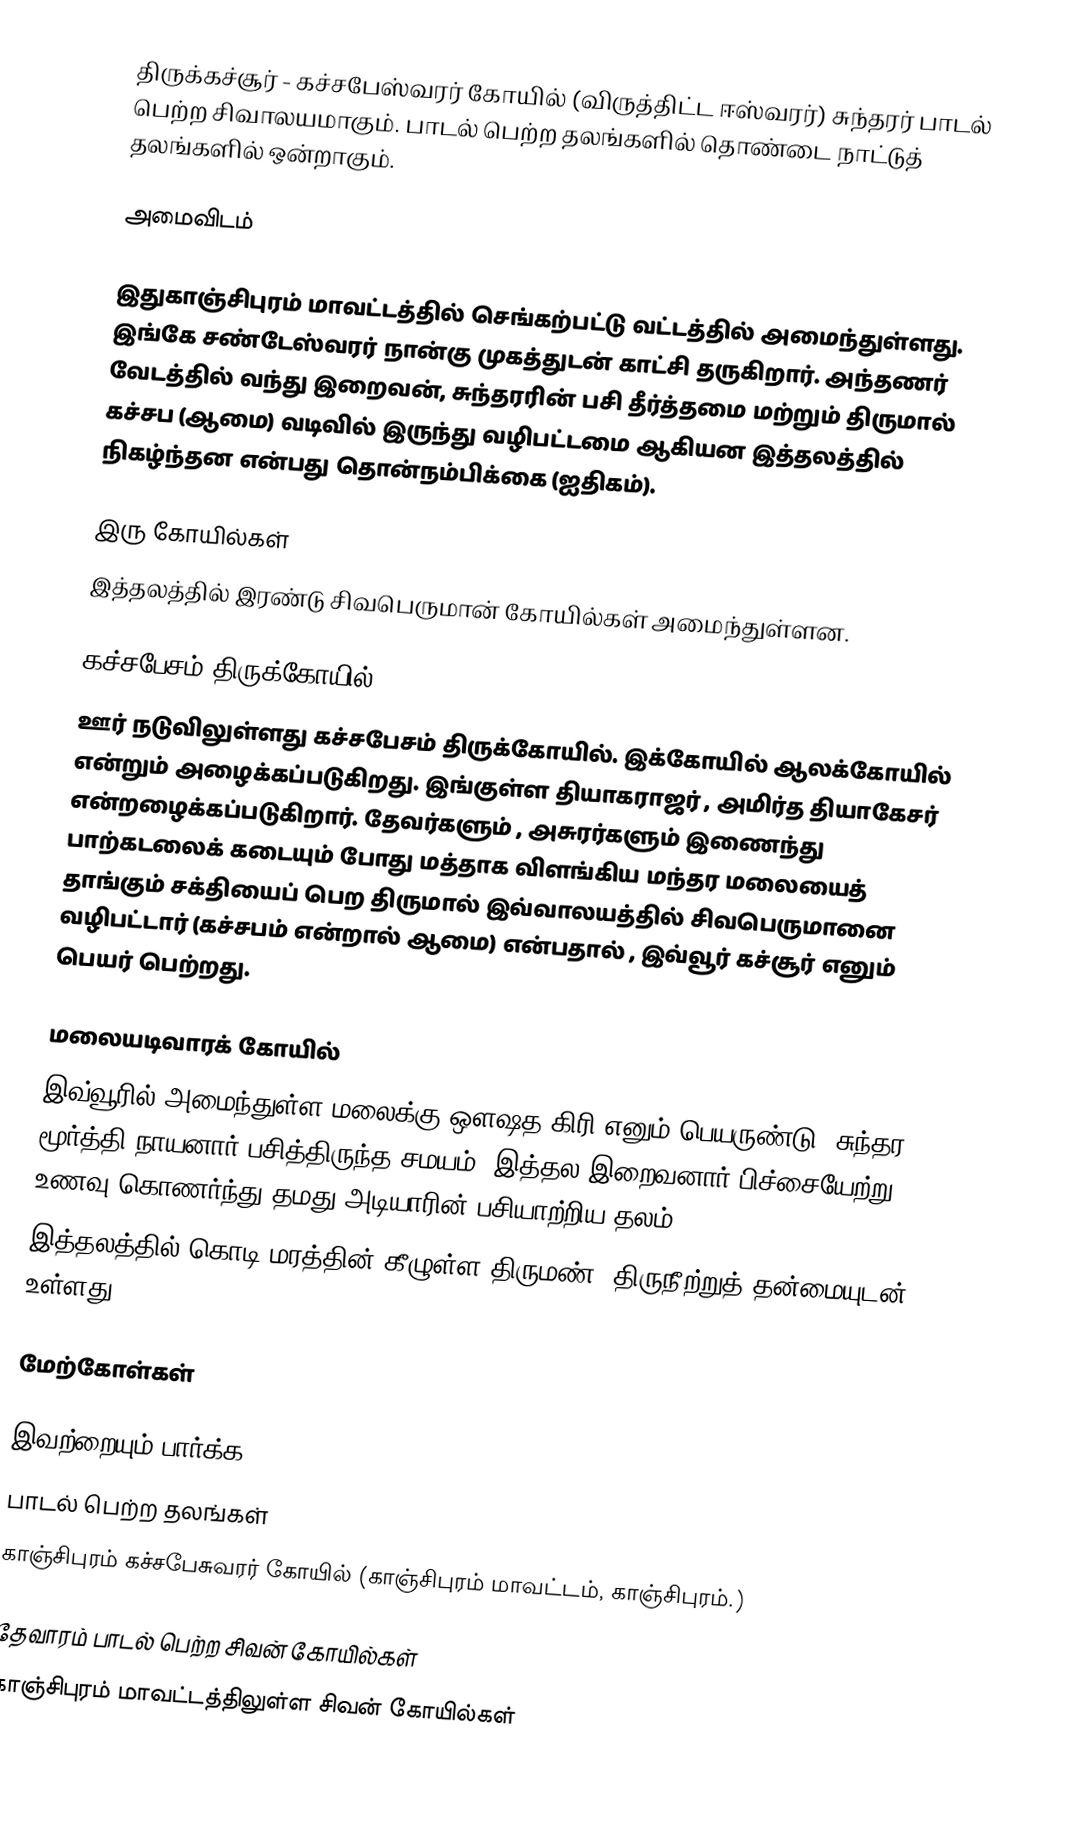
திருக்கச்சூர் - கச்சபேஸ்வரர் கோயில் (விருத்திட்ட ஈஸ்வரர்) சுந்தரர் பாடல் பெற்ற சிவாலயமாகும். பாடல் பெற்ற தலங்களில் தொண்டை நாட்டுத் தலங்களில் ஒன்றாகும்.

அமைவிடம்

இதுகாஞ்சிபுரம் மாவட்டத்தில்  செங்கற்பட்டு வட்டத்தில்  அமைந்துள்ளது. இங்கே சண்டேஸ்வரர் நான்கு முகத்துடன் காட்சி தருகிறார். அந்தணர் வேடத்தில் வந்து இறைவன், சுந்தரரின் பசி தீர்த்தமை மற்றும் திருமால் கச்சப (ஆமை) வடிவில் இருந்து வழிபட்டமை ஆகியன இத்தலத்தில் நிகழ்ந்தன என்பது தொன்நம்பிக்கை (ஐதிகம்).

இரு கோயில்கள்
இத்தலத்தில் இரண்டு சிவபெருமான் கோயில்கள் அமைந்துள்ளன.

கச்சபேசம் திருக்கோயில்
ஊர் நடுவிலுள்ளது கச்சபேசம் திருக்கோயில். இக்கோயில் ஆலக்கோயில் என்றும் அழைக்கப்படுகிறது. இங்குள்ள தியாகராஜர் , அமிர்த தியாகேசர் என்றழைக்கப்படுகிறார். தேவர்களும் , அசுரர்களும் இணைந்து பாற்கடலைக் கடையும் போது மத்தாக விளங்கிய மந்தர மலையைத் தாங்கும் சக்தியைப் பெற திருமால் இவ்வாலயத்தில் சிவபெருமானை வழிபட்டார் (கச்சபம் என்றால் ஆமை) என்பதால் , இவ்வூர் கச்சூர் எனும் பெயர் பெற்றது.

மலையடிவாரக் கோயில்
இவ்வூரில் அமைந்துள்ள மலைக்கு ஔஷத கிரி எனும் பெயருண்டு. சுந்தர மூர்த்தி நாயனார் பசித்திருந்த சமயம், இத்தல இறைவனார் பிச்சையேற்று உணவு கொணர்ந்து தமது அடியாரின் பசியாற்றிய தலம்.
இத்தலத்தில் கொடி மரத்தின் கீழுள்ள திருமண்,  திருநீற்றுத் தன்மையுடன் உள்ளது.

மேற்கோள்கள்

இவற்றையும் பார்க்க
 பாடல் பெற்ற தலங்கள்
 காஞ்சிபுரம் கச்சபேசுவரர் கோயில் (காஞ்சிபுரம் மாவட்டம், காஞ்சிபுரம்.)

தேவாரம் பாடல் பெற்ற சிவன் கோயில்கள்
காஞ்சிபுரம் மாவட்டத்திலுள்ள சிவன் கோயில்கள்